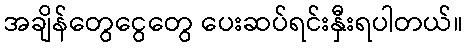
အချိန်တွေငွေတွေ ပေးဆပ်ရင်းနှီးရပါတယ်။